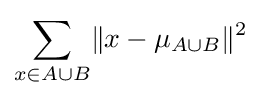
\sum _{x\in A\cup B}\lVert x-\mu _{A\cup B}\rVert ^{2}